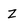
Character: Z